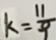
k = \frac { 1 1 } { 9 }